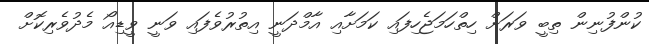
ކުންފުނިން ތިބީ ވަރަށް ހިތްހަމަޖެހިފައި ކަމަށާއި އާމްދަނީ އިތުރުވެފައި ވަނީ ވީޑިއޯ މެދުވެރިކޮށް